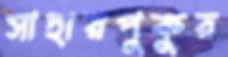
সাহারপুকুর